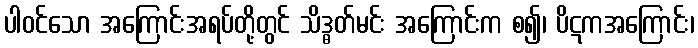
ပါဝင်သော အကြောင်းအရပ်တို့တွင် သိဒ္ဓတ်မင်း အကြောင်းက စ၍၊ ပိဋကအကြောင်း၊